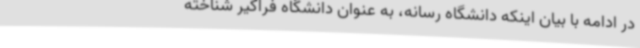
در ادامه با بیان اینکه دانشگاه رسانه، به عنوان دانشگاه فراگیر شناخته